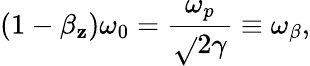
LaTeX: (1-\beta_{\mathbf{z}})\omega_{0}=\frac{{\omega_{p}}}{{\sqrt{}{{2\gamma}}}}\equiv\omega_{\beta},